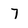
Character: 7